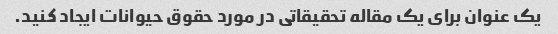
یک عنوان برای یک مقاله تحقیقاتی در مورد حقوق حیوانات ایجاد کنید.